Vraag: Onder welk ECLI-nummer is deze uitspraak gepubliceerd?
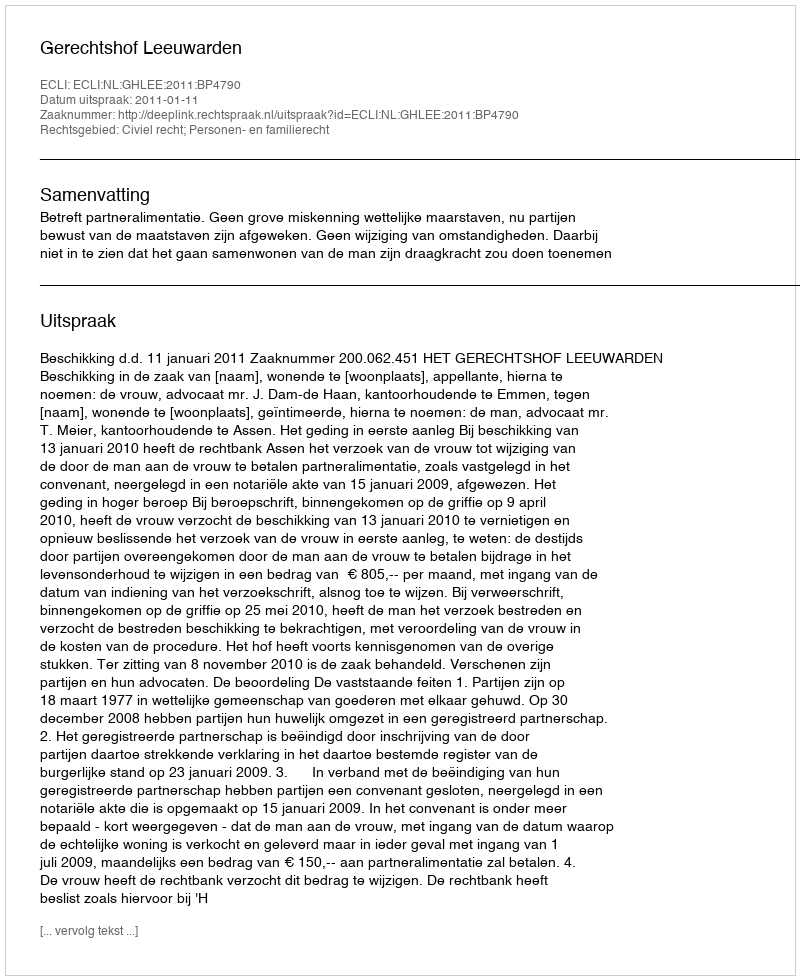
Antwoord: ECLI:NL:GHLEE:2011:BP4790